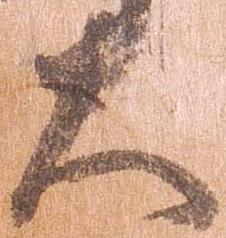
大